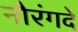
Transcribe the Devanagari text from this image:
नौरंगदे